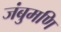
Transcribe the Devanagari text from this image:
जंबुमणि